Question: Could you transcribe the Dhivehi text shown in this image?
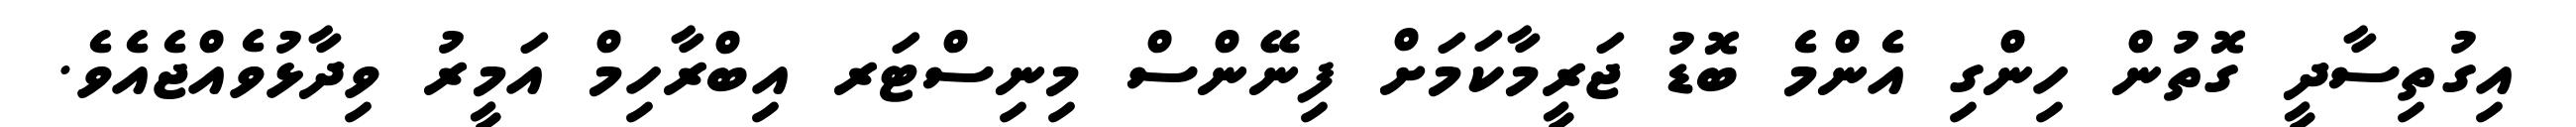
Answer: އިގުތިސާދީ ގޮތުން ހިންގި އެންމެ ބޮޑު ޖަރީމާކަމަށް ފިނޭންސް މިނިސްޓަރ އިބްރާހިމް އަމީރު ވިދާޅުވެއްޖެއެވެ.